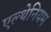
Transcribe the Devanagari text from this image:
एल्थेनियम